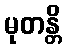
မုတန္တိ